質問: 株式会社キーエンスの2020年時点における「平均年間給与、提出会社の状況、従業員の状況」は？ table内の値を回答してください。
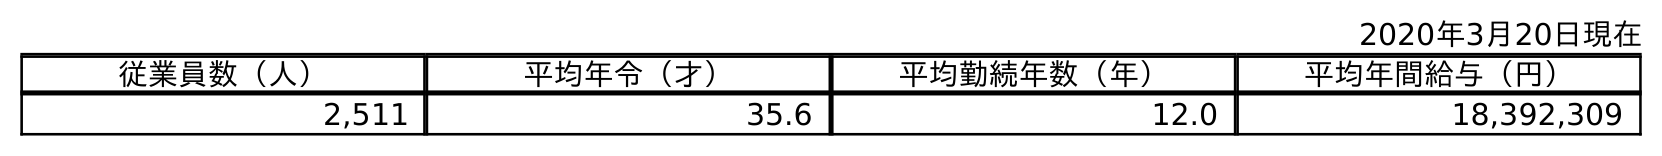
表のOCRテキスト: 2020年3月20日現在 従業員数（人） 平均年令（才） 平均勤続年数（年） 平均年間給与（円） 2,511 35.6 12.0 18,392,309
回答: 18,392,309